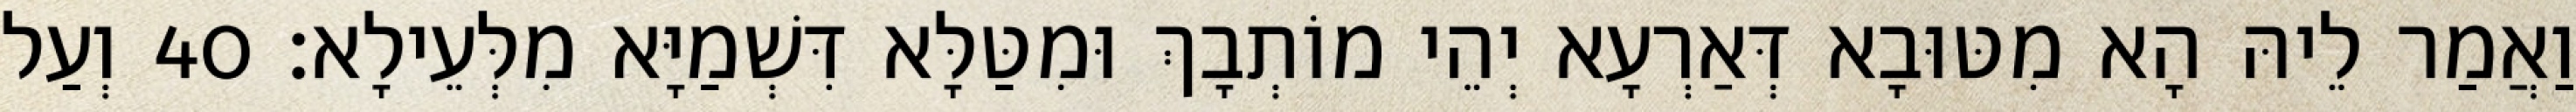
וַאֲמַר לֵיהּ הָא מִטּוּבָא דְּאַרְעָא יְהֵי מוֹתְבָךְ וּמִטַּלָּא דִּשְׁמַיָּא מִלְּעֵילָא׃ 40 וְעַל